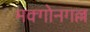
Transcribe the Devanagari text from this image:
मक्गोनगल्ल